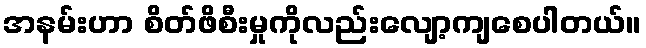
အနမ်းဟာ စိတ်ဖိစီးမှုကိုလည်းလျော့ကျစေပါတယ်။